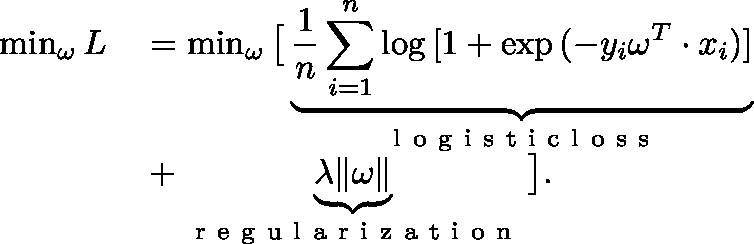
\begin{array} { r l } { \operatorname* { m i n } _ { \mathbf { \omega } } { L } } & { { } = \operatorname* { m i n } _ { \mathbf { \omega } } \big [ \underbrace { \frac { 1 } { n } \sum _ { i = 1 } ^ { n } \log { [ 1 + \exp { ( - y _ { i } \mathbf { \omega } ^ { T } \cdot x _ { i } ) } ] } } _ { \mathrm { ~ l ~ o ~ g ~ i ~ s ~ t ~ i ~ c ~ l ~ o ~ s ~ s ~ } } } \\ { \quad } & { { } + \underbrace { \lambda \| \mathbf { \omega } \| } _ { \mathrm { ~ r ~ e ~ g ~ u ~ l ~ a ~ r ~ i ~ z ~ a ~ t ~ i ~ o ~ n ~ } } \big ] . } \end{array}